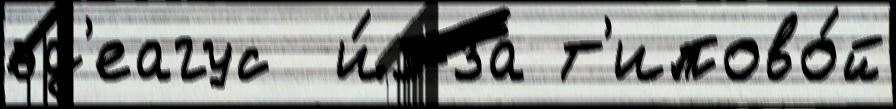
эд'еагус  и́з-за т'ипово́й